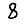
Digit: 8